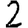
Digit: 2